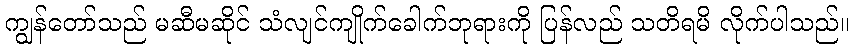
ကျွန်တော်သည် မဆီမဆိုင် သံလျင်ကျိုက်ခေါက်ဘုရားကို ပြန်လည် သတိရမိ လိုက်ပါသည်။